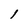
Character: 1